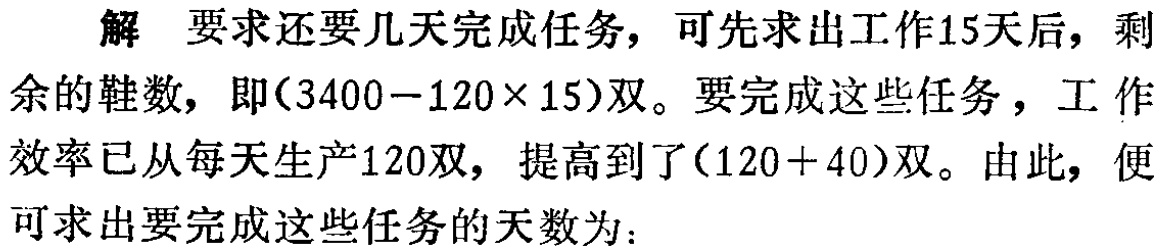
解 要求还要几天完成任务，可先求出工作15天后，剩余的鞋数，即\((3400 - 120\times 15)\)双。要完成这些任务，工作效率已从每天生产120双，提高到了\((120 + 40)\)双。由此，便可求出要完成这些任务的天数为：